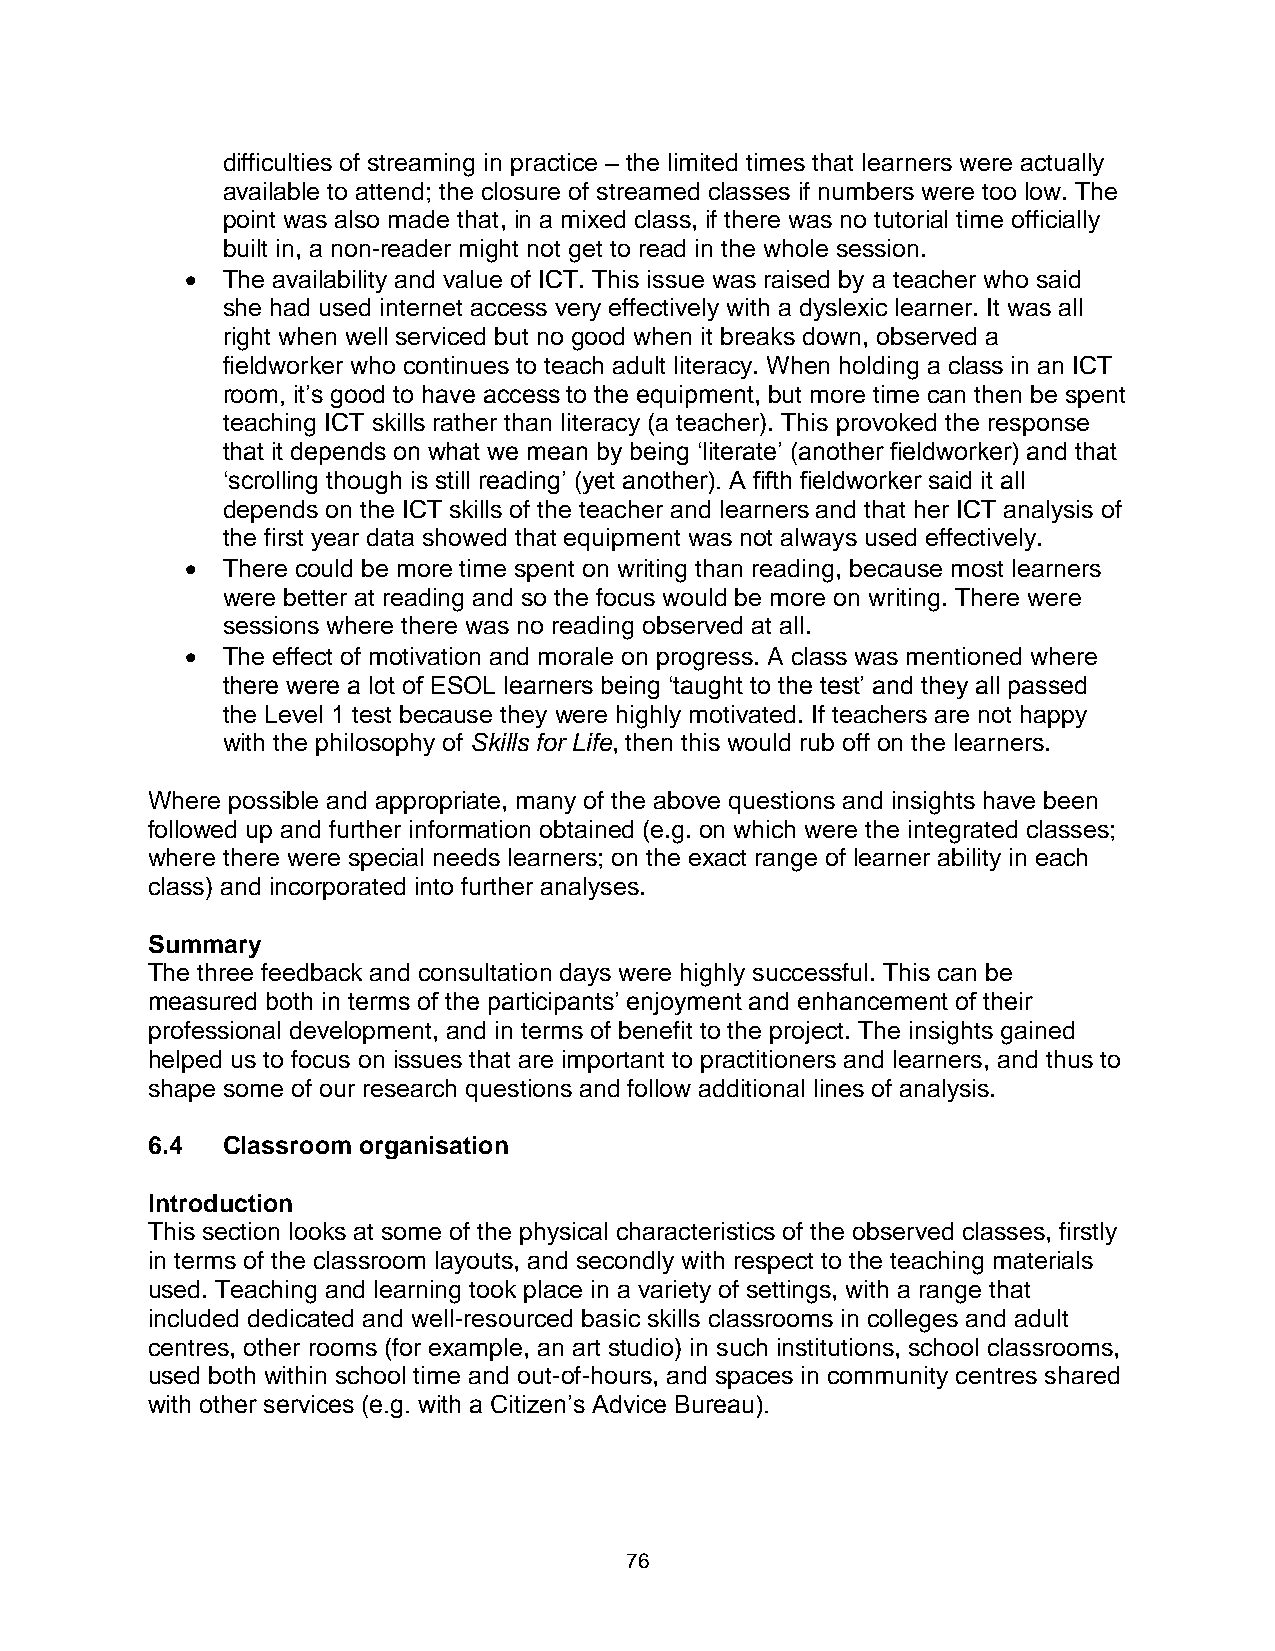
difficulties of streaming in practice – the limited times that learners were actually
 available to attend; the closure of streamed classes if numbers were too low. The
 point was also made that, in a mixed class, if there was no tutorial time officially
 built in, a non-reader might not get to read in the whole session.
   The availability and value of ICT. This issue was raised by a teacher who said
 she had used internet access very effectively with a dyslexic learner. It was all
 right when well serviced but no good when it breaks down, observed a
 fieldworker who continues to teach adult literacy. When holding a class in an ICT
 room, it’s good to have access to the equipment, but more time can then be spent
 teaching ICT skills rather than literacy (a teacher). This provoked the response
 that it depends on what we mean by being ‘literate’ (another fieldworker) and that
 ‘scrolling though is still reading’ (yet another). A fifth fieldworker said it all
 depends on the ICT skills of the teacher and learners and that her ICT analysis of
 the first year data showed that equipment was not always used effectively.
   There could be more time spent on writing than reading, because most learners
 were better at reading and so the focus would be more on writing. There were
 sessions where there was no reading observed at all.
   The effect of motivation and morale on progress. A class was mentioned where
 there were a lot of ESOL learners being ‘taught to the test’ and they all passed
 the Level 1 test because they were highly motivated. If teachers are not happy
 with the philosophy of Skills for Life, then this would rub off on the learners.
 Where possible and appropriate, many of the above questions and insights have been
 followed up and further information obtained (e.g. on which were the integrated classes;
 where there were special needs learners; on the exact range of learner ability in each
 class) and incorporated into further analyses.
 Summary
 The three feedback and consultation days were highly successful. This can be
 measured both in terms of the participants’ enjoyment and enhancement of their
 professional development, and in terms of benefit to the project. The insights gained
 helped us to focus on issues that are important to practitioners and learners, and thus to
 shape some of our research questions and follow additional lines of analysis.
 6.4  Classroom organisation
 Introduction
 This section looks at some of the physical characteristics of the observed classes, firstly
 in terms of the classroom layouts, and secondly with respect to the teaching materials
 used. Teaching and learning took place in a variety of settings, with a range that
 included dedicated and well-resourced basic skills classrooms in colleges and adult
 centres, other rooms (for example, an art studio) in such institutions, school classrooms,
 used both within school time and out-of-hours, and spaces in community centres shared
 with other services (e.g. with a Citizen’s Advice Bureau).
 76